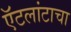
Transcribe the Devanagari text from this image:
ऍटलांटाचा